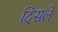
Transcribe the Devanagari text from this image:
दिसलें